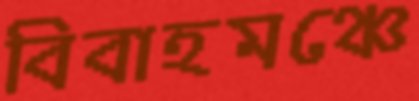
বিবাহমঞ্চে